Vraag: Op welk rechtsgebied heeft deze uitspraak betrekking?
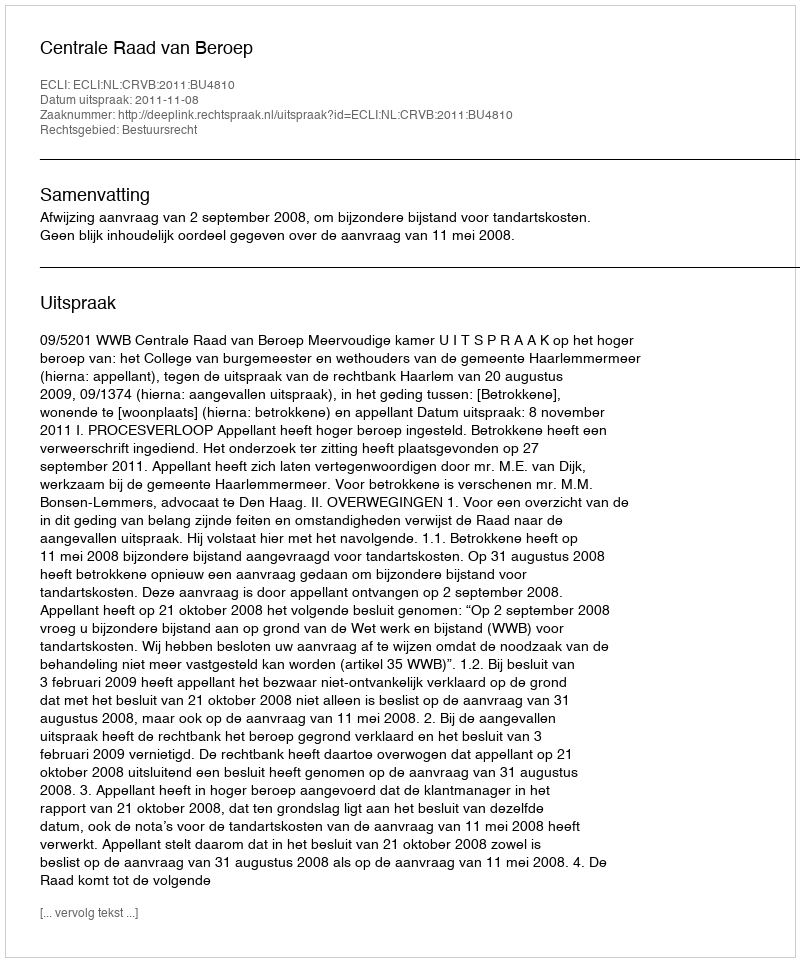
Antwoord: Bestuursrecht